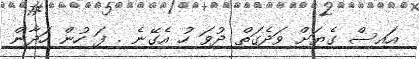
އައިސް ގެޔަށް ވަދެގަތް ދުވަ ހު އެގޭނެ . ފަ ހުން ހަދާން